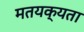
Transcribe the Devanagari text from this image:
मतयक्यता